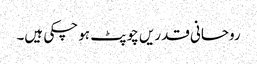
روحانی قدریں چوپٹ ہو چکی ہیں۔